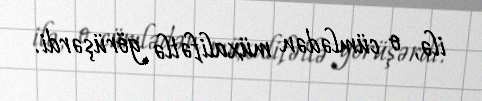
ilə, o cümlədən müxalifətlə görüşərdi.